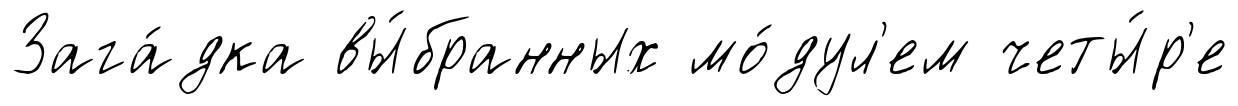
Зага́дка вы́бранных мо́дул'ем четы́р'е